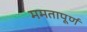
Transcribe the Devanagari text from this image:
ममतापूर्ण